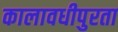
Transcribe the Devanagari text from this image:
कालावधीपुरता